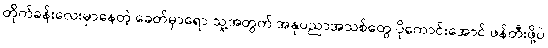
တိုက်ခန်းလေးမှာနေတဲ့ ခေတ်မှာရော သူ့အတွက် အနုပညာအသစ်တွေ ပိုကောင်းအောင် ဖန်တီးဖို့ပဲ